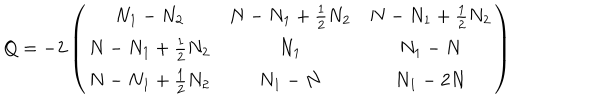
Q = - 2 \left( \begin{array} { c c c } { { N _ { 1 } - N _ { 2 } } } & { { N - N _ { 1 } + \frac 1 2 N _ { 2 } } } & { { N - N _ { 1 } + \frac 1 2 N _ { 2 } } } \\ { { N - N _ { 1 } + \frac 1 2 N _ { 2 } } } & { { N _ { 1 } } } & { { N _ { 1 } - N } } \\ { { N - N _ { 1 } + \frac 1 2 N _ { 2 } } } & { { N _ { 1 } - N } } & { { N _ { 1 } - 2 N } } \\ \end{array} \right)